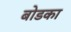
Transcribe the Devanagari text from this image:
बोडका